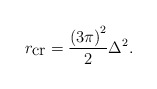
\begin{align*}r_{\mbox{cr}}=\frac{\left( 3 \pi\right) ^2}{2} \Delta ^2.\end{align*}